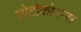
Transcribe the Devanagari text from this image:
प्रोटोकोरन्स